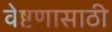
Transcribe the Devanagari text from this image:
वेष्टणासाठी